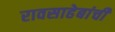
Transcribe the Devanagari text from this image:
रावसाहेबांचीं